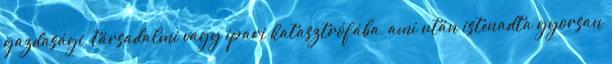
gazdasági, társadalmi vagy ipari katasztrófába, ami után istenadta gyorsan